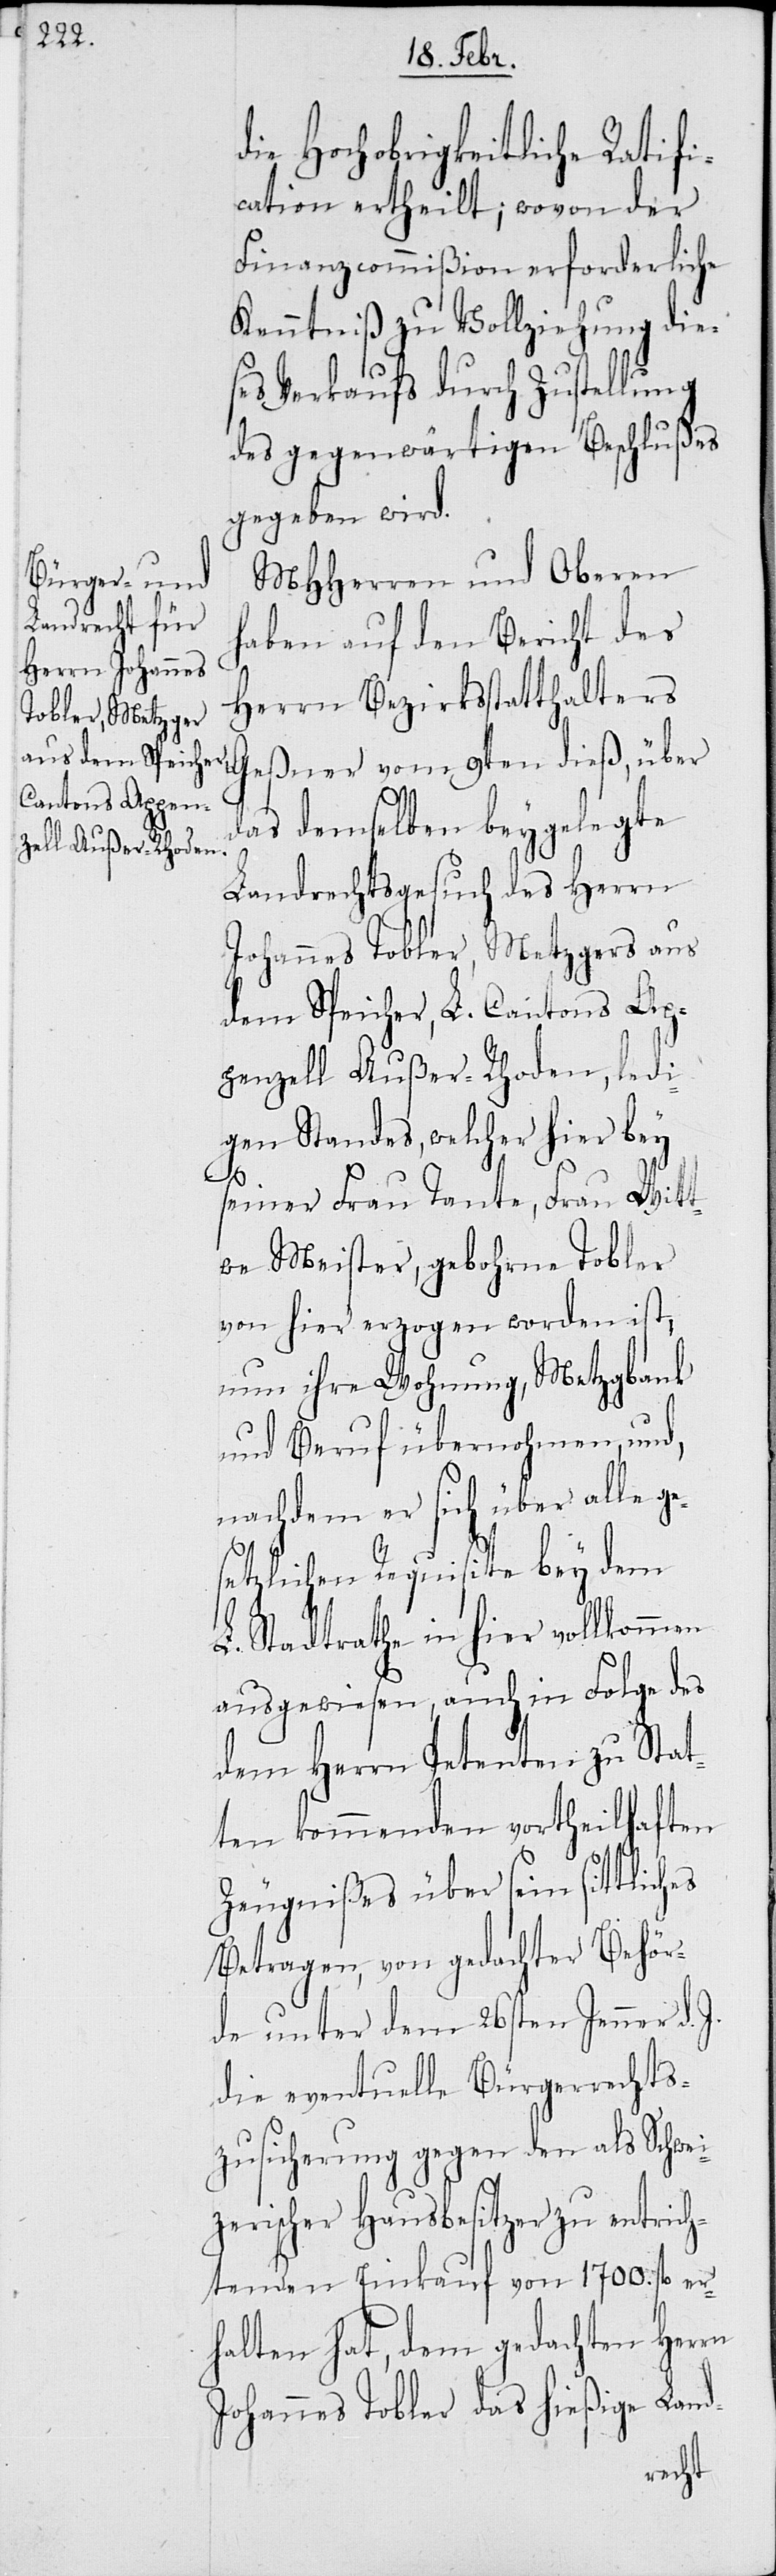
die Hochobrigkeitliche Ratifi¬
cation ertheilt, wovon der
Finanzcommißion erforderliche
Kenntniß zu Vollziehung dies¬
es Verkaufs durch Zustellung
des gegenwärtigen Beschlußes
gegeben wird.
MHHerren und Oberen
haben auf den Bericht des
Herrn Bezirksstatthalters
Geßner vom 9ten dieß, über
das demselben beygelegte
Landrechtsgesuch des Herrn
Johannes Tobler, Metzgers aus
dem Speicher, L. Cantons Ap¬
penzell Außer-Rhoden, ledi¬
gen Standes, welcher hier bey
e¬
seiner Frau Tante, Frau Witt¬
we Meister, gebohrne Tobler,
von hier erzogen worden ist,
nun ihre Wohnung, Metzgbank
und Beruf übernohmen, und,
nachdem er sich über alle g¬
setzlichen Requisite bey dem
L. Stadtrath in hier vollkommen
ausgewiesen, auch in Folge des
dem Herrn Petenten zu Stat¬
ten kommenden vortheilhaften
Zeugnißes über sein sittliches
Betragen, von gedachter Behör¬
de unter dem 26sten Jenner d.
die eventuelle Bürgerrechts¬
zusicherung gegen den als Schwei¬
zerischer Hausbesitzer zu entrich¬
tenden Einkauf von 1700. fl. er¬
halten hat, dem gedachten Herrn
Johannes Tobler das hießige Land-